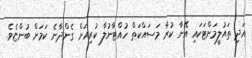
އަދި ތައުލީމަށްޓަކައި އޭނާ ކުރާ މަސައްކަތް ހުއްޓާނުލާ ކުރިއަށް ގެންދާނެ ކަމަށް ބުންޏެވެ.